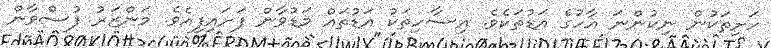
ހަށިތަކުން ނިކުންނަ އާހުގެ އަޑުތަކެވެ. އިސާހިތަކު އަޑުތައް މަޑުވާން ފަށައިފިއެވެ. މަންޒަރު ފުސްވާން